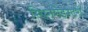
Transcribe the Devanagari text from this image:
स्पिनमेइस्टरों